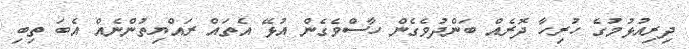
ދިރިއުޅުމުގެ ހުރިހާ ދޮރެއް ބަންދުވެގެން ހާސްވެގެން އުޅޭ އެތައް ރައްޔިތުންނެއް އެބަ ތިބި